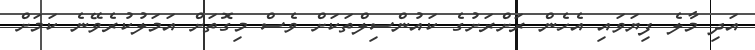
އަދި މާލެ ފިޔަވައި އެހެން ރަށްރަށުގެ ކައުންސިލްތަކަށް ވެސް މިގޮތަށް އަމަލުކުރެވޭނެ ކަމަށް